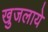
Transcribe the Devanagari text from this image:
खुजलाये